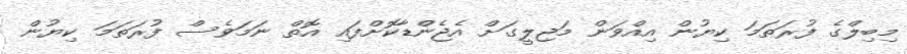
މިބިލްގެ ފުރަތަމަ ކިޔުން އިއްވަން މަޖިލީގަށް އެޖެންޑާކޮށްފައި އޮތް ނަމަވެސް ފުރަތަމަ ކިޔުން